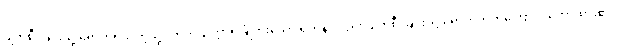
ပျက်စီးခြင်းသို့ ရောက်ရသကဲ့သို့ လာဘသက္ကာရခြုံတိုးသော ရဟန်းလည်း ပျက်စီးခြင်းသို့ ရောက်တတ်ကြောင်း ဟောထား၏။